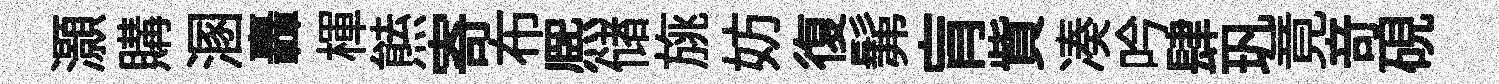
灝購溷轟楎㷱寄布熈储旐妨復髴肓貲凑吟肆㺬竟竒硯